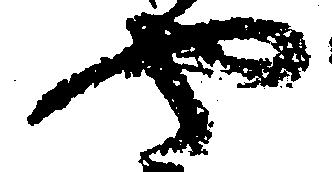
や